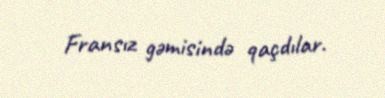
Fransız gəmisində qaçdılar.